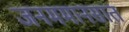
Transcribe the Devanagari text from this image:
जनममानसात